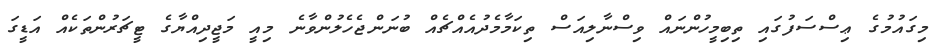
މިގައުމުގެ ޢިސްސަފުގައި ތިބިމީހުންނައް ވިސްނާލިއަސް ތިކަމާމެދުއެއްޗެއް ބުނަންޖެހެލުންވާނެ މިއީ މަޖީދިއްޔާގެ ޓީޗަރުންތަކެއް އަޑީގަ